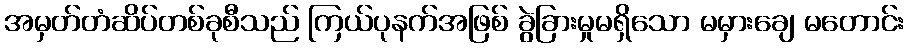
အမှတ်တံဆိပ်တစ်ခုစီသည် ကြယ်ပုနက်အဖြစ် ခွဲခြားမှုမရှိသော မမှားချေ မတောင်း